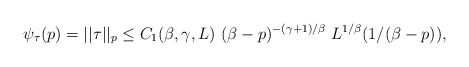
\begin{align*} \psi_{\tau}(p) = ||\tau||_p \le C_1(\beta,\gamma,L) \ (\beta - p)^{-(\gamma + 1)/\beta} \ L^{1/\beta}(1/(\beta - p)),\end{align*}